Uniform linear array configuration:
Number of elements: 24
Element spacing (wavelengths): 0.75
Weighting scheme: uniform
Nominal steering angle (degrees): -30
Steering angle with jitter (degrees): -28.675
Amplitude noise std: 0.05
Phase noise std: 0.05

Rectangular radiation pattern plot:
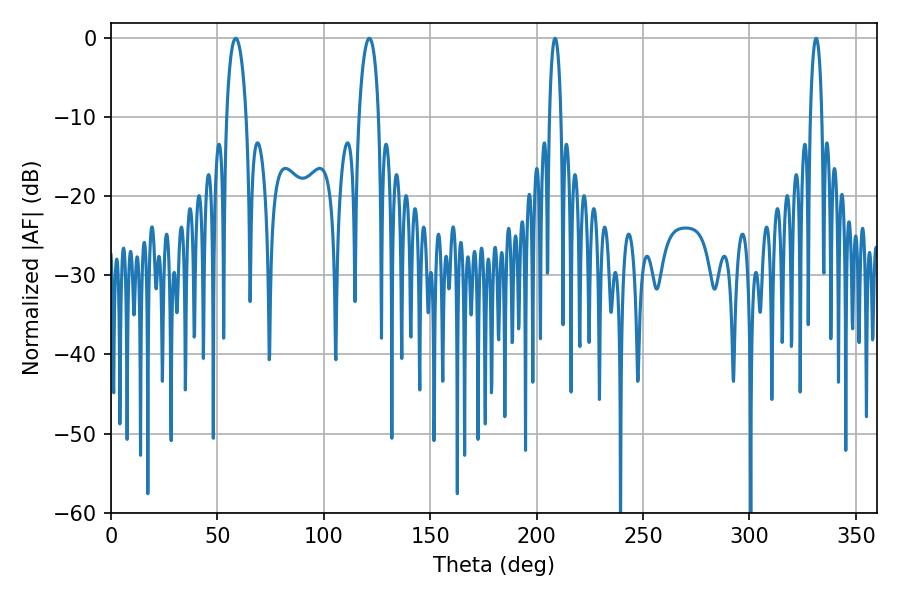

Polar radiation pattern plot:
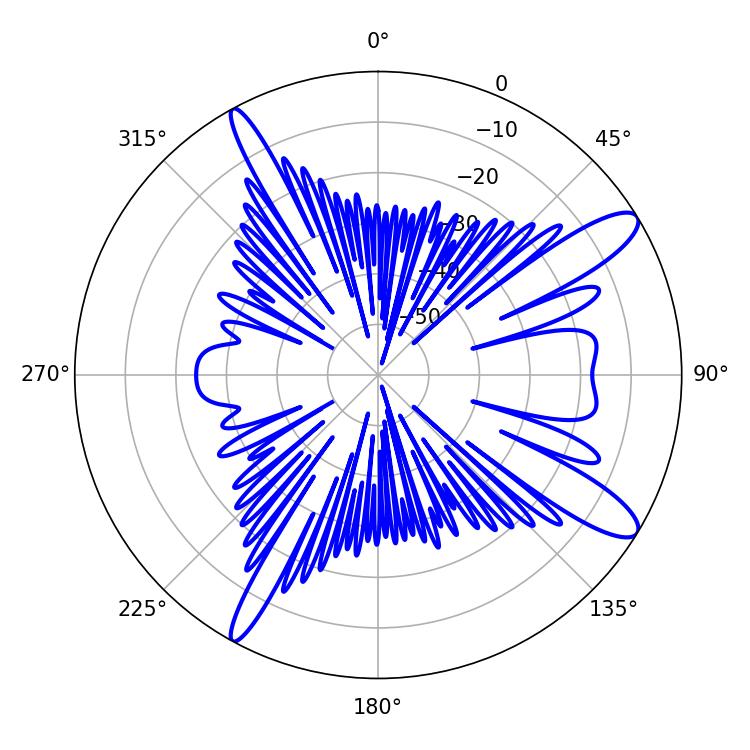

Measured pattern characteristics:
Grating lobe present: TRUE
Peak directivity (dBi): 12.077
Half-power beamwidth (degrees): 5.22
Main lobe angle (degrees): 58.68